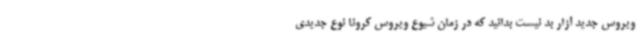
ویروس جدید آزار بد نیست بدانید که در زمان شیوع ویروس کرونا نوع جدیدی